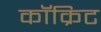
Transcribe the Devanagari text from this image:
कॉक्रिट